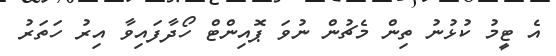
އެ ޓީމު ކުޅުނު ތިން މެޗުން ނުވަ ޕޮއިންޓް ހޯދާފައިވާ އިރު ހަތަރު